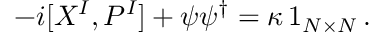
- i [ X ^ { I } , P ^ { I } ] + \psi \psi ^ { \dagger } = \kappa \, 1 _ { N \times N } \, .